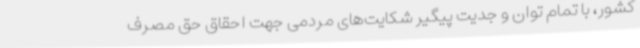
کشور، با تمام توان و جدیت پیگیر شکایت‌های مردمی جهت احقاق حق مصرف